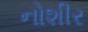
નોશીર